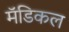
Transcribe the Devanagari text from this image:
मॅडिकल